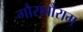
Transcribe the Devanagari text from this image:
गौराबौराम